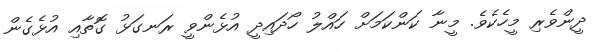
ދީންވެރި މީހެކެވެ. މީނާ ކަންކަމަށް ހައްލު ހޯދައިދީ އުޅެންވީ ރަނގަޅު ގޮތާއި އުޅެގެން